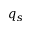
q _ { s }